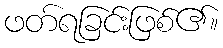
ဖတ်ရခြင်းဖြစ်၏။